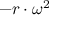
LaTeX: - r \cdot \omega ^ { 2 }